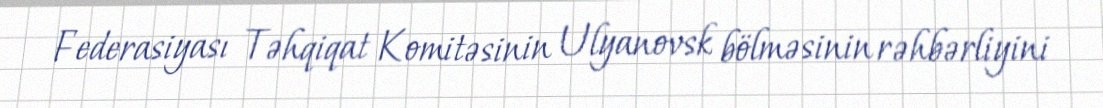
Federasiyası Təhqiqat Komitəsinin Ulyanovsk bölməsinin rəhbərliyini